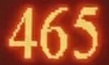
465